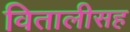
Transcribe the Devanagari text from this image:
वितालीसह